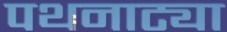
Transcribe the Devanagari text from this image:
पथनाट्या